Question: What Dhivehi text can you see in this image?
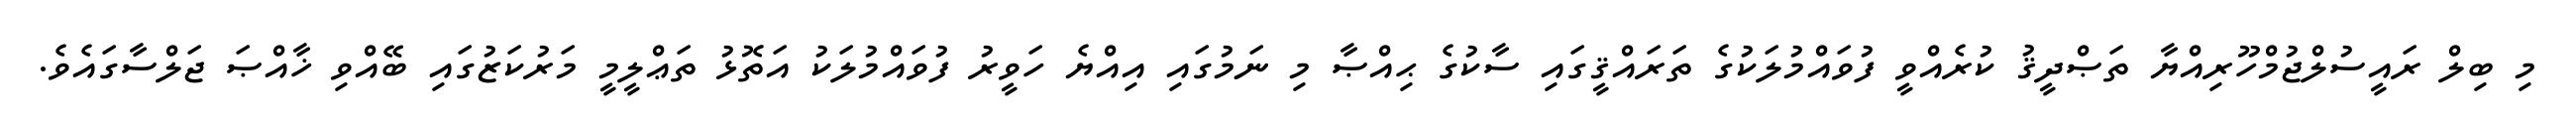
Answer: މި ބިލް ރައީސުލްޖުމްހޫރިއްޔާ ތަޞްދީޤު ކުރެއްވީ ފުވައްމުލަކުގެ ތަރައްޤީގައި ސާކުގެ ޙިއްޞާ މި ނަމުގައި އިއްޔެ ހަވީރު ފުވައްމުލަކު އަތޮޅު ތަޢްލީމީ މަރުކަޒުގައި ބޭއްވި ޚާއްޞަ ޖަލްސާގައެވެ.